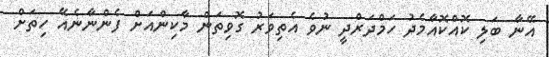
އޭނާ ބަލި ކޮއްކޮއާމެދު ހަމްދަރްދީ ނުވެ އެތިވަރު ގޮވިތަން މާކިންއަށް ފެންނާނެއޭ ހިތަށް